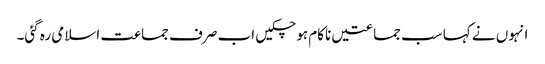
انہوں نے کہا سب جماعتیں ناکام ہو چکیں اب صرف جماعت اسلامی رہ گئی۔